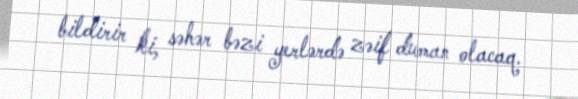
bildirir ki, səhər bəzi yerlərdə zəif duman olacaq.